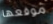
موقعها